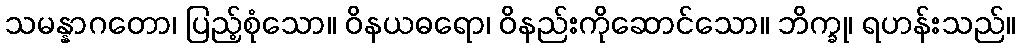
သမန္နာဂတော၊ ပြည့်စုံသော။ ဝိနယဓရော၊ ဝိနည်းကိုဆောင်သော။ ဘိက္ခု၊ ရဟန်းသည်။